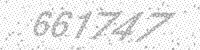
Solution: 661747